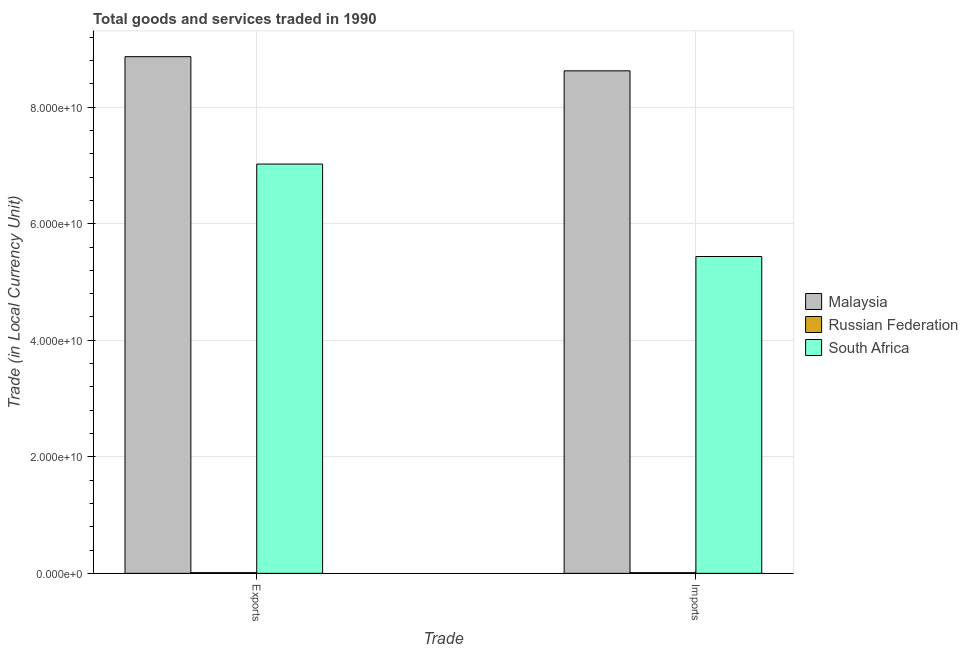
| Trade | Malaysia | Russian Federation | South Africa |
 | --- | --- | --- | --- |
 | Exports | 8.87e+10 | 1.17e+08 | 7.02e+10 |
 | Imports | 8.62e+10 | 1.16e+08 | 5.44e+10 |